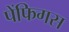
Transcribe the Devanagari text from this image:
पेंफिगस